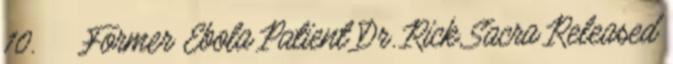
10. ↑ „Former Ebola Patient Dr. Rick Sacra Released